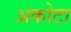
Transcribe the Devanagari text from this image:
अकोटा